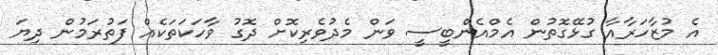
އެ މުޒާހަރާއާ ގުޅޭގޮތުން އެމްއެންބީސީ ވަން މެދުވެރިކޮށް ދޮގު ވާހަކަތަކެއް ފަތުރަމުން ދިޔަ